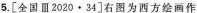
5.[全国Ⅲ2020·34]右图为西方绘画作